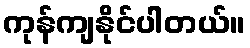
ကုန်ကျနိုင်ပါတယ်။